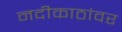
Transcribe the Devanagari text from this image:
नदीकाठांवर